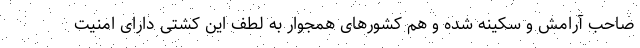
صاحب آرامش و سکینه شده و هم کشورهای همجوار به لطف این کشتی دارای امنیت